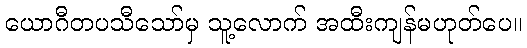
ယောဂီတပသီသော်မှ သူ့လောက် အထီးကျန်မဟုတ်ပေ။